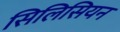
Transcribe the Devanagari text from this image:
सिलिसियन